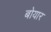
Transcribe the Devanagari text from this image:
बोयार